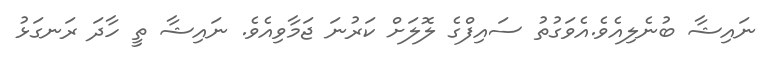
ނައިޝާ ބުނެލިއެވެ.އެވަގުތު ސައިފްގެ ލޮލަށް ކަރުނަ ޖަމާވިއެވެ. ނައިޝާ ތީ ހާދަ ރަނގަޅު